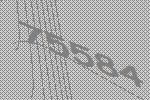
75584